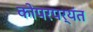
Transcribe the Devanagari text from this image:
कोपरपर्यंत